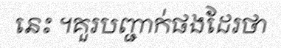
នេះ ។គួរបញ្ជាក់ផងដែរថា